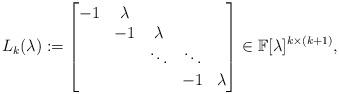
LaTeX: \begin{align*}L_k(\lambda):=\begin{bmatrix}-1 & \lambda \\& -1 & \lambda \\& & \ddots & \ddots \\& & & -1 & \lambda \\\end{bmatrix}\in\mathbb{F}[\lambda]^{k\times(k+1)},\end{align*}